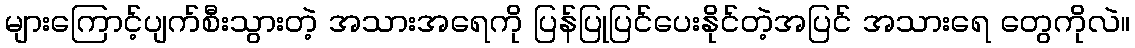
များကြောင့်ပျက်စီးသွားတဲ့ အသားအရေကို ပြန်ပြုပြင်ပေးနိုင်တဲ့အပြင် အသားရေ တွေကိုလဲ။